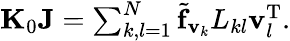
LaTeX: \begin{array}{r}{{\mathbf K}_{0}{\mathbf J}=\sum_{k,l=1}^{N}{\widetilde{\mathbf f}_{{\mathbf v}_{k}}}L_{kl}{\mathbf v}_{l}^{\mathrm{T}}.}\end{array}